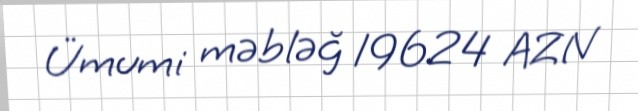
Ümumi məbləğ 19624 AZN